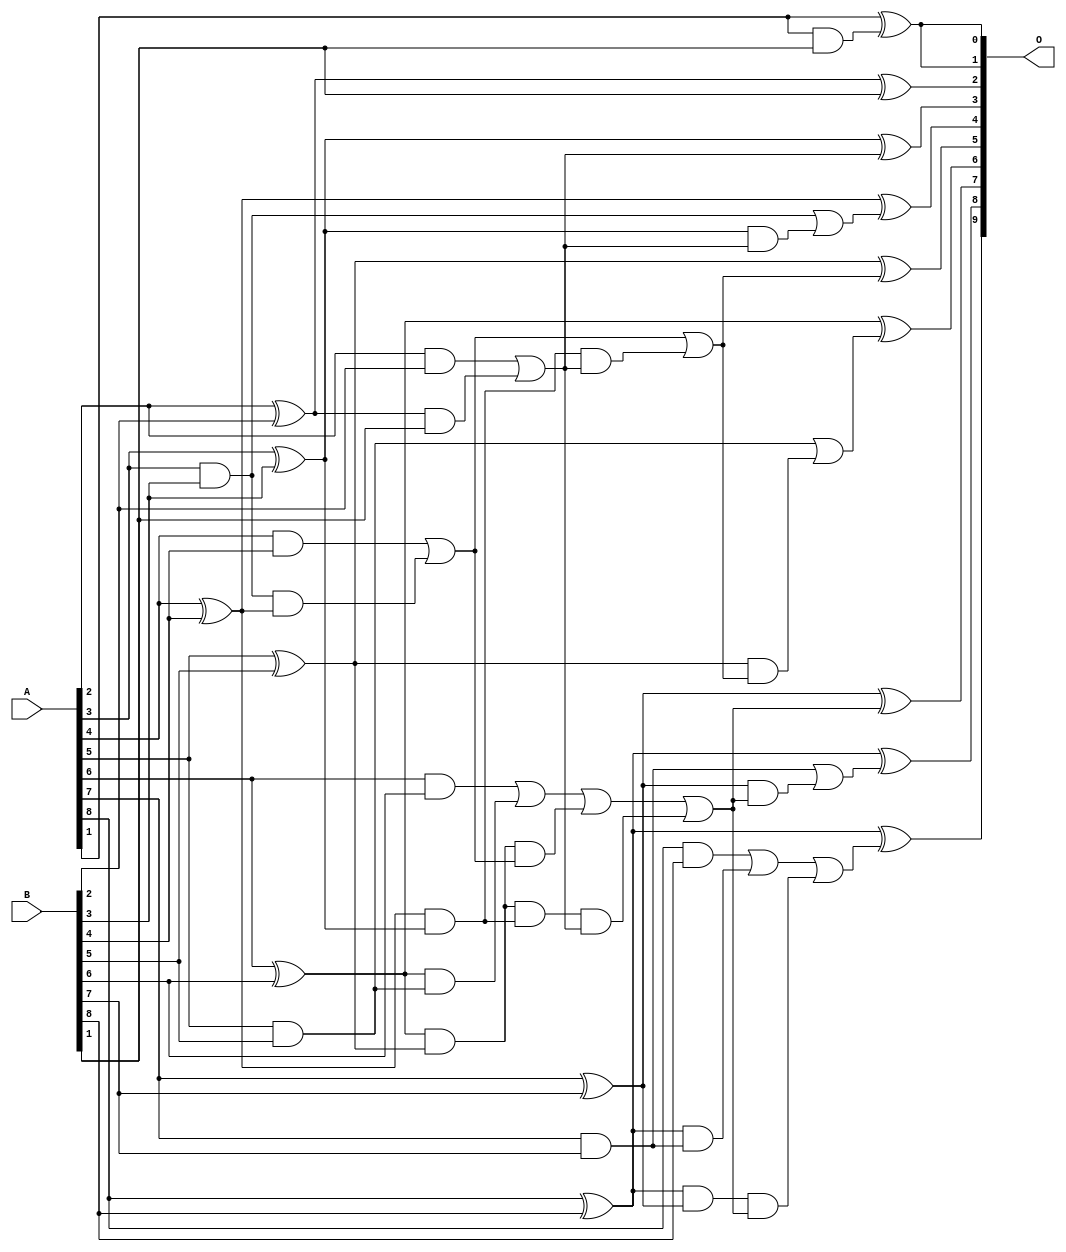
/***
* This code is a part of EvoApproxLib library (ehw.fit.vutbr.cz/approxlib) distributed under The MIT License.
* When used, please cite the following article(s): V. Mrazek, L. Sekanina, Z. Vasicek "Libraries of Approximate Circuits: Automated Design and Application in CNN Accelerators" IEEE Journal on Emerging and Selected Topics in Circuits and Systems, Vol 10, No 4, 2020 
* This file contains a circuit from a sub-set of pareto optimal circuits with respect to the pwr and mse parameters
***/
// MAE% = 0.18 %
// MAE = 0.9 
// WCE% = 0.39 %
// WCE = 2.0 
// WCRE% = 100.00 %
// EP% = 68.75 %
// MRE% = 2.06 %
// MSE = 1.2 
// PDK45_PWR = 0.033 mW
// PDK45_AREA = 70.4 um2
// PDK45_DELAY = 0.60 ns

module add9se_0E4 (
    A,
    B,
    O
);

input [8:0] A;
input [8:0] B;
output [9:0] O;

wire sig_22,sig_23,sig_24,sig_25,sig_26,sig_27,sig_28,sig_29,sig_30,sig_31,sig_32,sig_33,sig_34,sig_35,sig_38,sig_41,sig_42,sig_43,sig_44,sig_45;
wire sig_46,sig_47,sig_48,sig_49,sig_50,sig_51,sig_52,sig_53,sig_54,sig_55,sig_56,sig_57,sig_58,sig_59,sig_60,sig_62,sig_63,sig_64,sig_65,sig_66;
wire sig_67,sig_68,sig_69,sig_70,sig_71,sig_72,sig_73,sig_74,sig_75,sig_76;

assign sig_22 = A[2] & B[2];
assign sig_23 = A[2] ^ B[2];
assign sig_24 = A[3] & B[3];
assign sig_25 = A[3] ^ B[3];
assign sig_26 = A[4] & B[4];
assign sig_27 = A[4] ^ B[4];
assign sig_28 = A[5] & B[5];
assign sig_29 = A[5] ^ B[5];
assign sig_30 = A[6] & B[6];
assign sig_31 = A[6] ^ B[6];
assign sig_32 = A[7] & B[7];
assign sig_33 = A[7] ^ B[7];
assign sig_34 = A[8] & B[8];
assign sig_35 = A[8] ^ B[8];
assign sig_38 = sig_24 & sig_27;
assign sig_41 = sig_27 & sig_25;
assign sig_42 = sig_26 | sig_38;
assign sig_43 = sig_31 & sig_28;
assign sig_44 = sig_31 & sig_29;
assign sig_45 = sig_30 | sig_43;
assign sig_46 = sig_35 & sig_32;
assign sig_47 = sig_35 & sig_33;
assign sig_48 = sig_34 | sig_46;
assign sig_49 = sig_23 & B[1];
assign sig_50 = sig_22 | sig_49;
assign sig_51 = sig_44 & sig_42;
assign sig_52 = sig_44 & sig_41;
assign sig_53 = sig_45 | sig_51;
assign sig_54 = sig_52 & sig_50;
assign sig_55 = sig_53 | sig_54;
assign sig_56 = sig_41 & sig_50;
assign sig_57 = sig_42 | sig_56;
assign sig_58 = sig_47 & sig_55;
assign sig_59 = sig_48 | sig_58;
assign sig_60 = A[1] & B[1];
assign sig_62 = sig_25 & sig_50;
assign sig_63 = sig_24 | sig_62;
assign sig_64 = sig_29 & sig_57;
assign sig_65 = sig_28 | sig_64;
assign sig_66 = sig_33 & sig_55;
assign sig_67 = sig_32 | sig_66;
assign sig_68 = A[1] ^ sig_60;
assign sig_69 = sig_23 ^ B[1];
assign sig_70 = sig_25 ^ sig_50;
assign sig_71 = sig_27 ^ sig_63;
assign sig_72 = sig_29 ^ sig_57;
assign sig_73 = sig_31 ^ sig_65;
assign sig_74 = sig_33 ^ sig_55;
assign sig_75 = sig_35 ^ sig_67;
assign sig_76 = sig_35 ^ sig_59;

assign O[9] = sig_76;
assign O[8] = sig_75;
assign O[7] = sig_74;
assign O[6] = sig_73;
assign O[5] = sig_72;
assign O[4] = sig_71;
assign O[3] = sig_70;
assign O[2] = sig_69;
assign O[1] = sig_68;
assign O[0] = sig_68;

endmodule